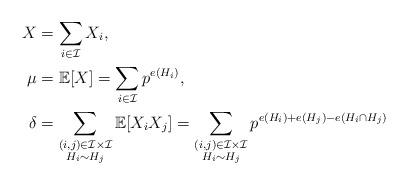
LaTeX: \begin{align*}X &= \sum_{i \in \mathcal{I}} X_i, \\\mu &= \mathbb{E}[X] = \sum_{i \in \mathcal{I}} p^{e(H_i)}, \\\delta &= \sum_{\substack{(i, j) \in \mathcal{I} \times \mathcal{I} \\ H_i \sim H_j}} \mathbb{E}[X_i X_j] = \sum_{\substack{(i, j) \in \mathcal{I} \times \mathcal{I} \\ H_i \sim H_j}} p^{e(H_i) + e(H_j) - e(H_i \cap H_j)}\end{align*}